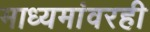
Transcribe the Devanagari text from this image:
माध्यमांवरही